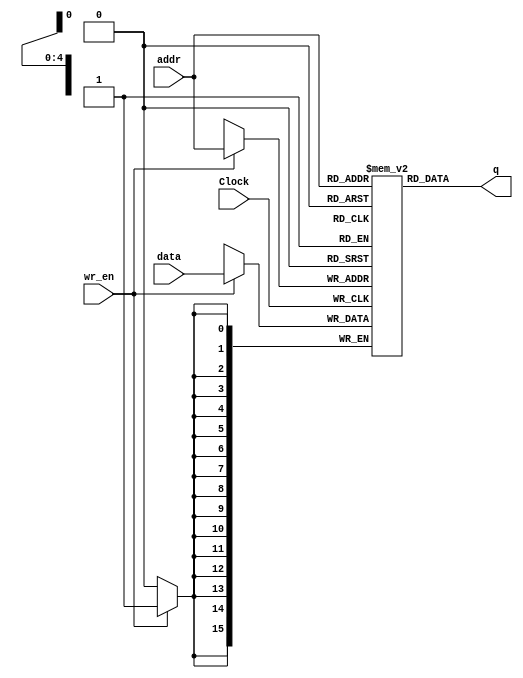
module data_memory (addr, data, wr_en, Clock, q);
input [4:0] addr; 
input [15:0] data;
input wr_en, Clock;
output [15:0] q;

reg [15:0] Mem [0:31];

initial 
begin
  
// Coloque o seu programa nas posies de memria

Mem[5'h0] = 32'b00100000000100010000000000000001;
Mem[5'h1] = 32'b00100000000100100000000000000010;
Mem[5'h2] = 32'b00000010001100100100000000100000;

//	...
    
end

assign q = Mem[addr];

always @(posedge Clock)
begin
  if (wr_en) Mem[addr] = data;
  
end

endmodule